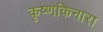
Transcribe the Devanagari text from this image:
कृष्णकिनारा